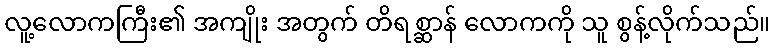
လူ့လောကကြီး၏ အကျိုး အတွက် တိရစ္ဆာန် လောကကို သူ စွန့်လိုက်သည်။